Report of the King Institute of Preventive Medicine, Guindy
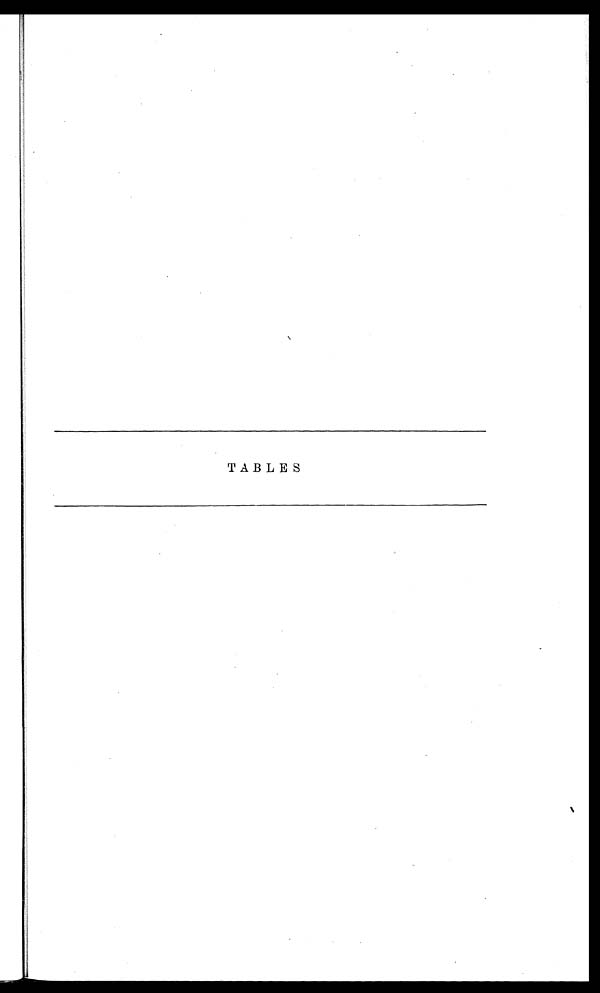
TABLES